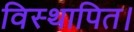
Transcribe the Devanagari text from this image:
विस्थापित।